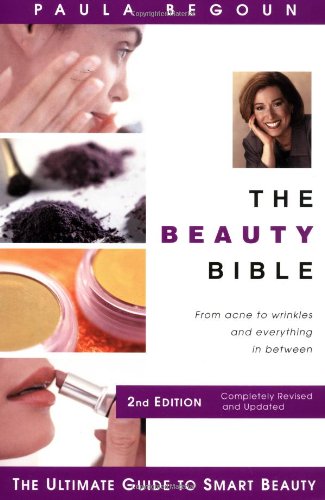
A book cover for The Beauty Bible: The Ultimate Guide to Smart Beauty; Paula Begoun; Health, Fitness & Dieting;